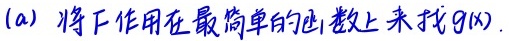
(a) 将$F$作用在最简单的凸函数上来找$g(x).$